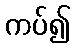
ကပ်၍